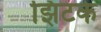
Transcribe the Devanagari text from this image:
झिटके